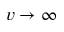
v \rightarrow \infty